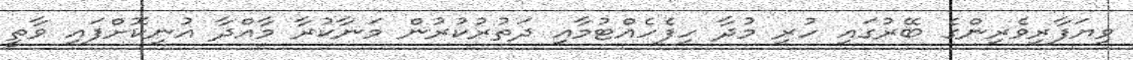
ވިޔަފާރިވެރިންގެ ބޭރުގައި ހުރި މުދާ ހިފެހެއްޓުމާއި ދަތުރުކުރުން މަނާކުރާ މާއްދާ އުނިކޮށްފައި ވާތީ